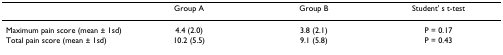
<table><thead><tr><td></td><td><b>Group A</b></td><td><b>Group B</b></td><td><b>Student&#x27; s t-test</b></td></tr></thead><tbody><tr><td>Maximum pain score (mean ± 1sd)</td><td>4.4 (2.0)</td><td>3.8 (2.1)</td><td>P = 0.17</td></tr><tr><td>Total pain score (mean ± 1sd)</td><td>10.2 (5.5)</td><td>9.1 (5.8)</td><td>P = 0.43</td></tr></tbody></table>